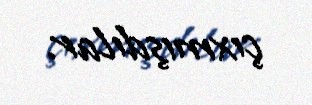
çıxmışdılar.